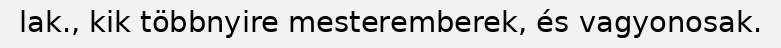
lak., kik többnyire mesteremberek, és vagyonosak.